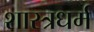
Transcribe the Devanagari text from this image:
शास्त्रधर्म